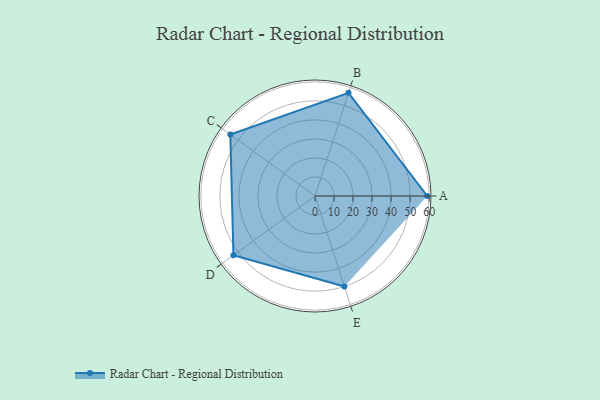
{"axis": {"x": "Skill", "y": "Score"}, "legend": ["Profile"], "data": [{"x": "A", "y": 59.0, "type": "Profile"}, {"x": "B", "y": 57.0, "type": "Profile"}, {"x": "C", "y": 55.0, "type": "Profile"}, {"x": "D", "y": 53.0, "type": "Profile"}, {"x": "E", "y": 50.0, "type": "Profile"}]}